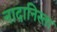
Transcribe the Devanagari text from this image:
नादानिस्ता